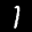
Label: 1